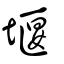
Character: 堰